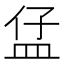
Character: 𥁙